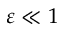
\varepsilon \ll 1